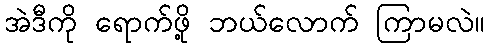
အဲဒီကို ရောက်ဖို့ ဘယ်လောက် ကြာမလဲ။